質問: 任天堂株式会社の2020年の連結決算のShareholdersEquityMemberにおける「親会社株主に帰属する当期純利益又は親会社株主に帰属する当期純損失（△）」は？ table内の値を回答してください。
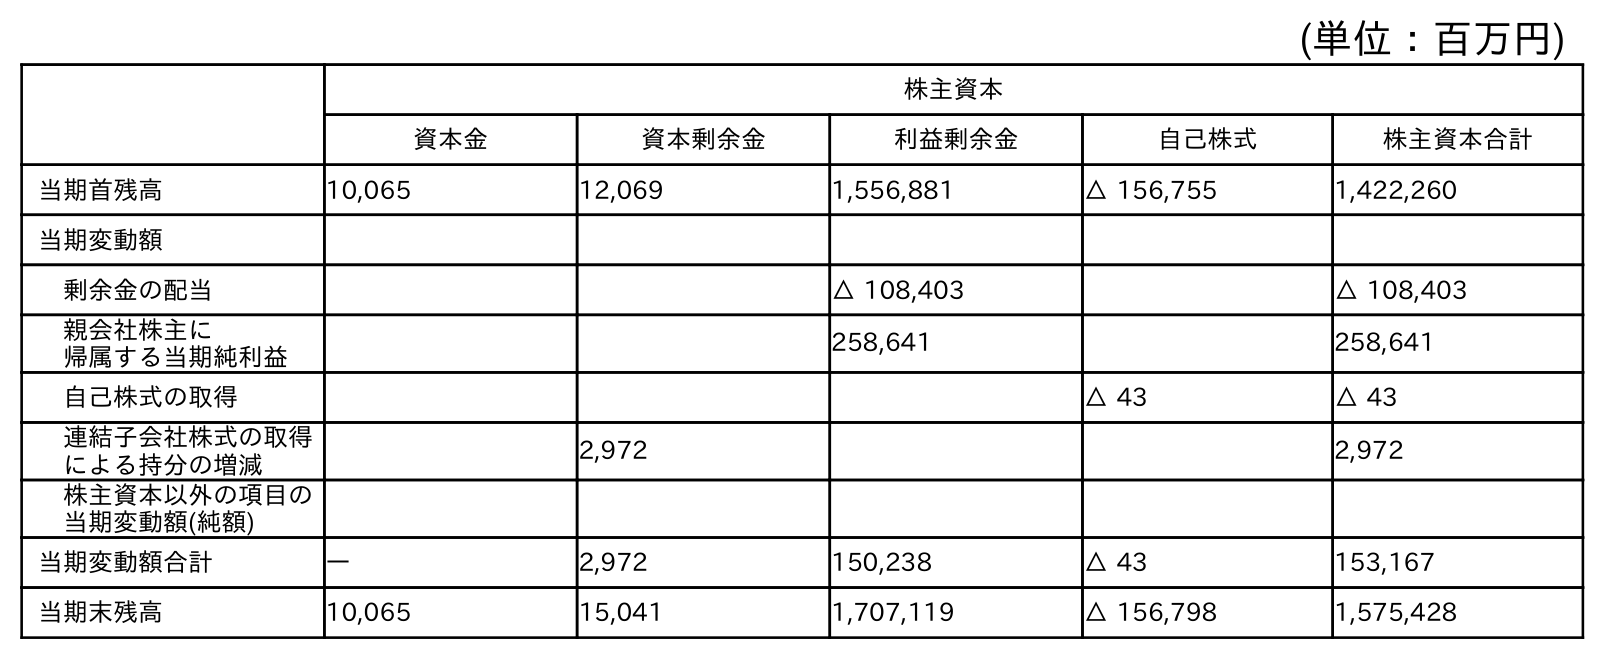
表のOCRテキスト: (単位：百万円) 株主資本 資本金 資本剰余金 利益剰余金 自己株式 株主資本合計 当期首残高 10,065 12,069 1,556,881 △ 156,755 1,422,260 当期変動額 剰余金の配当 △ 108,403 △ 108,403 親会社株主に 帰属する当期純利益 258,641 258,641 自己株式の取得 △ 43 △ 43 連結子会社株式の取得 による持分の増減 2,972 2,972 株主資本以外の項目の 当期変動額(純額) 当期変動額合計 ― 2,972 150,238 △ 43 153,167 当期末残高 10,065 15,041 1,707,119 △ 156,798 1,575,428
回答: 258,641